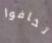
تخافوا